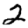
Digit: 2